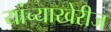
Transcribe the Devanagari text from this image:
यांच्याखेरीज